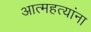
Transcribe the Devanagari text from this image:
आत्महत्यांना